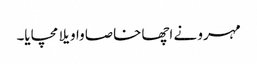
مہرو نے اچھا خاصا واویلا مچایا۔